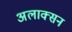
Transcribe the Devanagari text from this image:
अलाक्सन